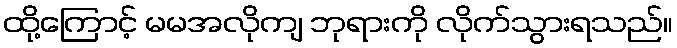
ထို့ကြောင့် မမအလိုကျ ဘုရားကို လိုက်သွားရသည်။